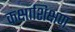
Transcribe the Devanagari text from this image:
कक्षाशिक्षण